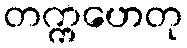
တက္ကဟေတု